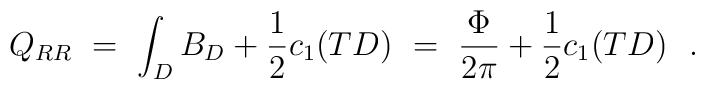
Q_{RR} \ = \ \int_D  B_D +  \frac{1}{2} c_1(TD) \ =\ \frac{\Phi}{2\pi} + \frac{1}{2} c_1(TD)\ \ .